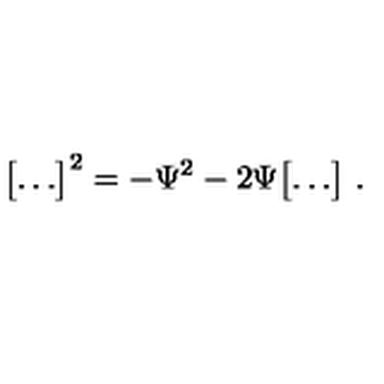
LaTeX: \bigl [ \ldots \bigr ] ^ { 2 } = - \Psi ^ { 2 } - 2 \Psi \bigl [ \ldots \bigr ] \ .